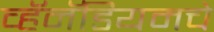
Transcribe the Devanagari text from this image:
व्हॅनॅडियमचे